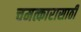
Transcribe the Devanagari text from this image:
चमत्कारासाठी